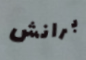
برانش